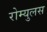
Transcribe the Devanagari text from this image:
रोम्युलस